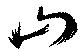
山